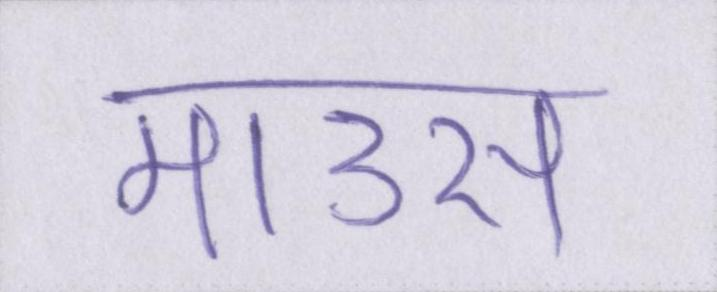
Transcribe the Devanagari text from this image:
माउस